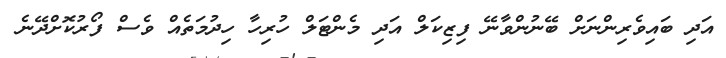
އަދި ބައިވެރިންނަށް ބޭނުންވާނޭ ފިޒިކަލް އަދި މެންޓަލް ހުރިހާ ހިދުމަތެއް ވެސް ފޯރުކޮށްދޭނެ